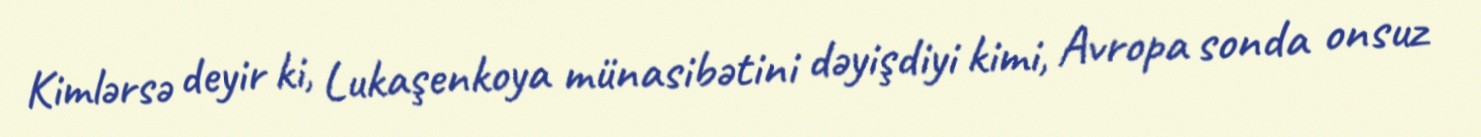
Kimlərsə deyir ki, Lukaşenkoya münasibətini dəyişdiyi kimi, Avropa sonda onsuz